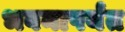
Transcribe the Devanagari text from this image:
भवनापर्यंत